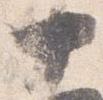
十